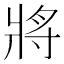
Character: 將